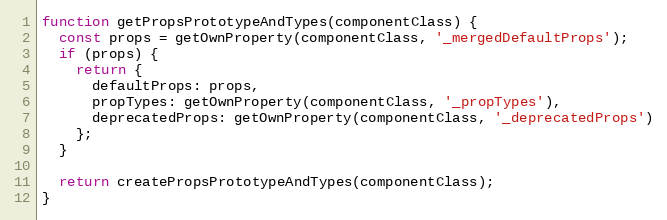
Language: JavaScript
function getPropsPrototypeAndTypes(componentClass) {
  const props = getOwnProperty(componentClass, '_mergedDefaultProps');
  if (props) {
    return {
      defaultProps: props,
      propTypes: getOwnProperty(componentClass, '_propTypes'),
      deprecatedProps: getOwnProperty(componentClass, '_deprecatedProps')
    };
  }

  return createPropsPrototypeAndTypes(componentClass);
}